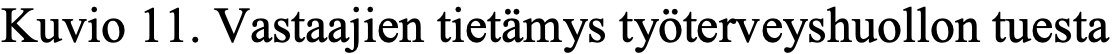
Kuvio 11. Vastaajien tietämys työterveyshuollon tuesta